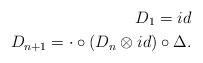
LaTeX: \begin{align*} D_{1}=id \\D_{n+1} = \cdot \circ (D_n \otimes id) \circ \Delta.\end{align*}